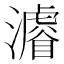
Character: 𱩳